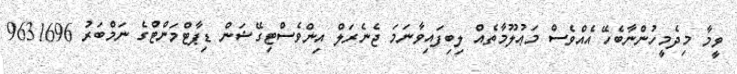
ވީމާ މިދެމީހުންނާބެހޭ އެއްވެސް މަޢުލޫމާތެއް ލިބިފައިވާނަމަ ޖެނެރަލް އިންވެސްޓިގޭޝަން ޑިޕާޓްމަންޓްގެ ނަމްބަރު 9631696